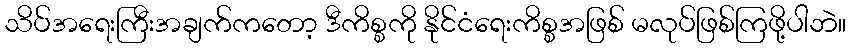
သိပ်အရေးကြီးအချက်ကတော့ ဒီကိစ္စကို နိုင်ငံရေးကိစ္စအဖြစ် မလုပ်ဖြစ်ကြဖို့ပါဘဲ။